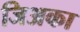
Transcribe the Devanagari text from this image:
जिअका